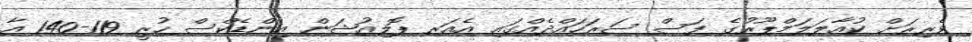
ވެރިރަށް ކުއާލަލަމްޕޫރުގެ ފަސް ސަރަހައްދެއްގައި އެއަރ ޕޮލިއުޝަން އިންޑެކްސް ހުރީ 119-140 އާ